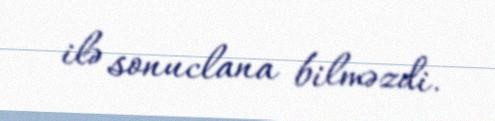
ilə sonuclana bilməzdi.